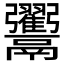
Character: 𩱲